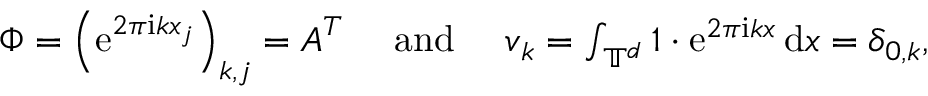
\begin{array} { r } { \boldsymbol \Phi = \left( \mathrm e ^ { 2 \pi \mathrm i \boldsymbol k \boldsymbol x _ { j } } \right) _ { \boldsymbol k , j } = \boldsymbol A ^ { T } \quad \mathrm { ~ a n d ~ } \quad v _ { \boldsymbol k } = \int _ { \mathbb T ^ { d } } 1 \cdot \mathrm e ^ { 2 \pi \mathrm i \boldsymbol k \boldsymbol x } \, \mathrm d \boldsymbol x = \delta _ { \boldsymbol 0 , \boldsymbol k } , } \end{array}